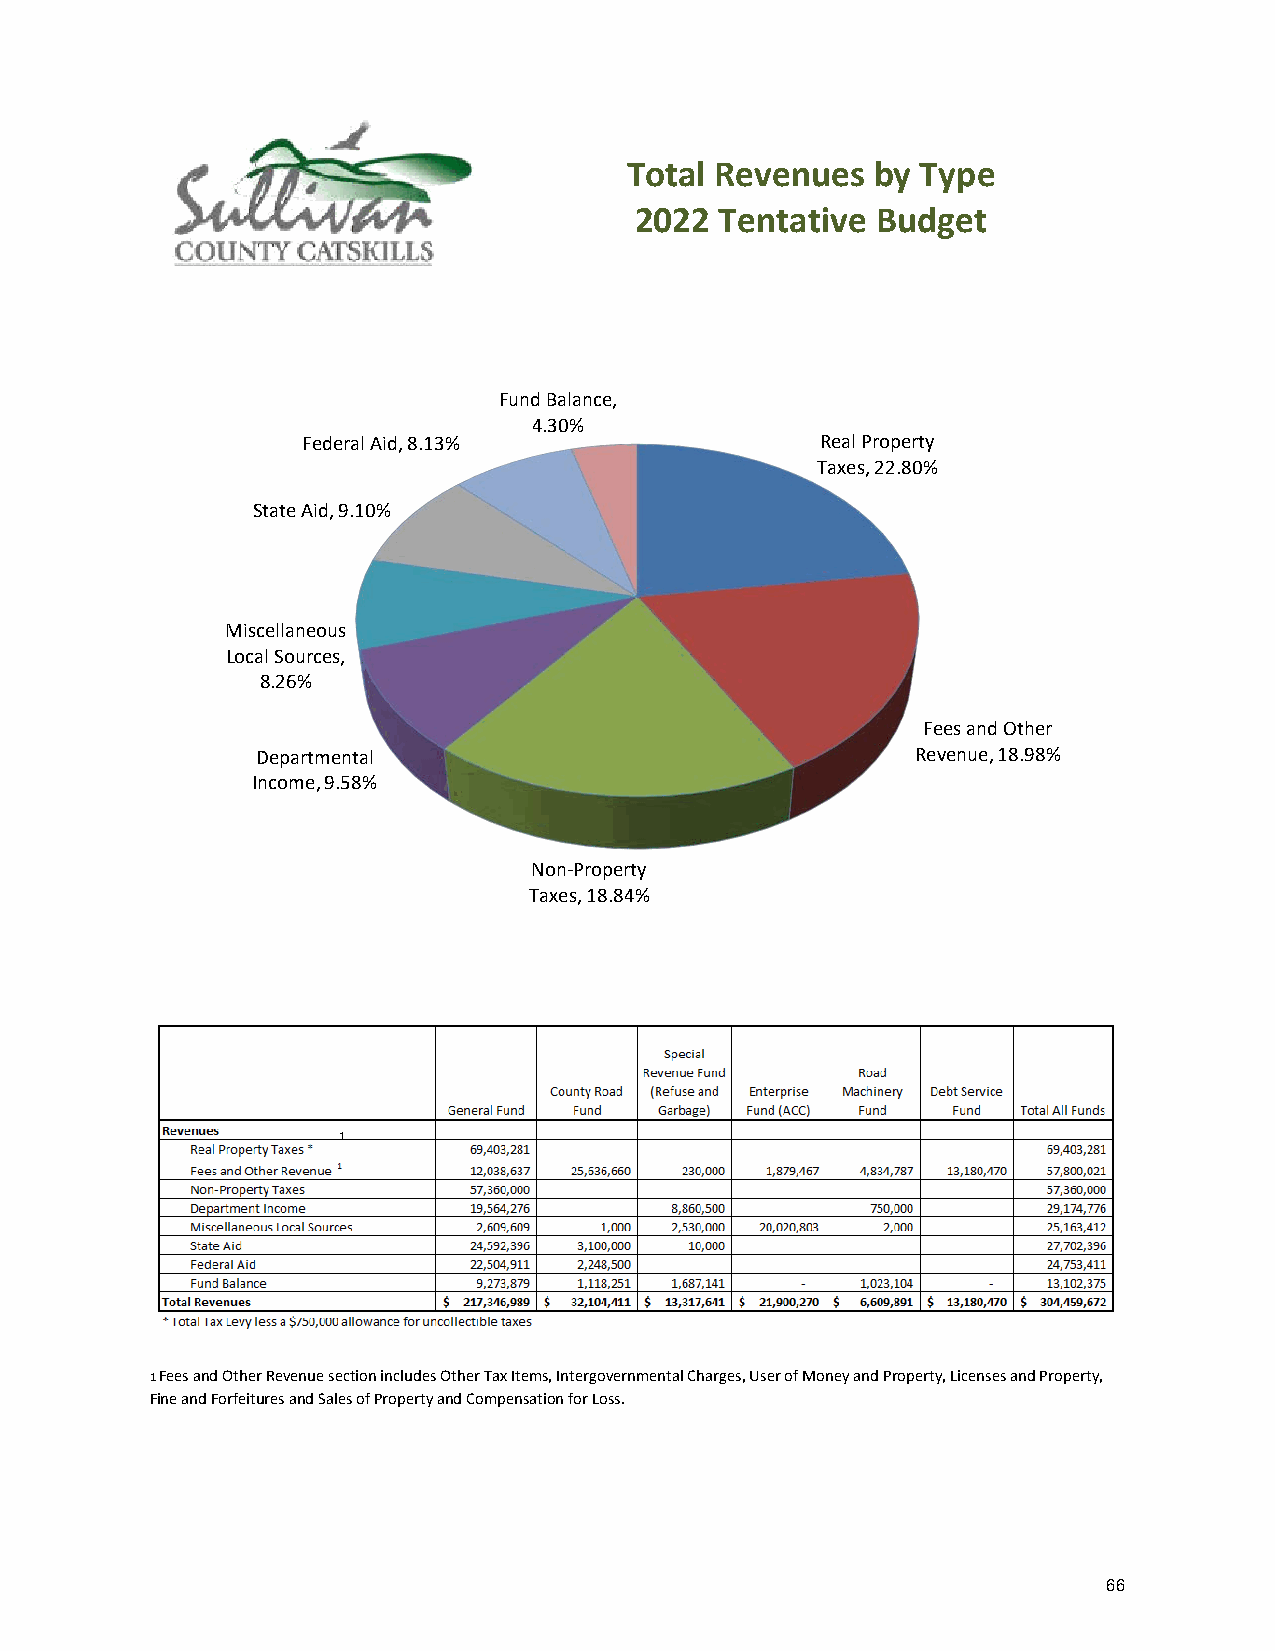
Total Revenues   by Type
 2022  Tentative Budget
 Fund Balance,
 4.30%
 Federal Aid, 8.13%                Real Property
 Taxes, 22.80%
 State Aid, 9.10%
 Miscellaneous
 Local Sources,
 8.26%
 Fees and Other
 Departmental                                Revenue, 18.98%
 Income, 9.58%
 Non-Property
 Taxes, 18.84%
 1
 1 Fees and Other Revenue section includes Other Tax Items, Intergovernmental Charges, User of Money and Property, Licenses and Property,
 Fine and Forfeitures and Sales of Property and Compensation for Loss.
 66